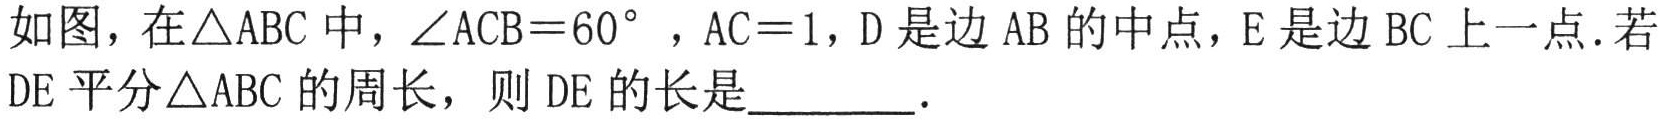
如图，在\(\triangle ABC\)中，\(\angle ACB = 60^{\circ}\) ，\(AC = 1\)，\(D\)是边 \(AB\) 的中点，\(E\)是边 \(BC\) 上一点．若\(DE\)平分\(\triangle ABC\) 的周长，则 \(DE\) 的长是_________．